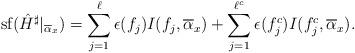
LaTeX: \begin{align*}\mathrm{sf}(\hat{H}^\sharp|_{\overline{\alpha}_x})& = \sum_{j = 1}^\ell \epsilon(f_j) I(f_j, \overline{\alpha}_x)+ \sum_{j = 1}^{\ell^c} \epsilon(f^c_j) I(f^c_j, \overline{\alpha}_x).\end{align*}